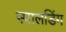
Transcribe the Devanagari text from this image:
स्पालडिंग